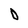
Character: D